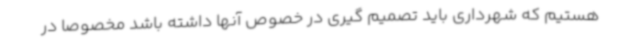
هستیم که شهرداری باید تصمیم گیری در خصوص آنها داشته باشد مخصوصا در